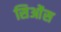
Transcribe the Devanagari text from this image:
सिओंस